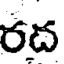
రద